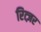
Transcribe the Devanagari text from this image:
रित्ज़र